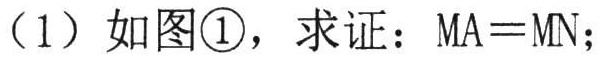
(1) 如图\textcircled{1}，求证：\(MA = MN\)；